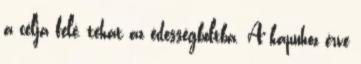
a célja felé, tehát az édességboltba. A kapuhoz érve